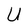
Character: U